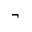
\neg